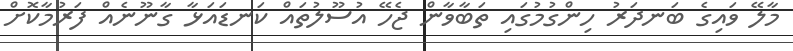
މާލޭ ވައިގެ ބަނދަރު ހިންގުމުގައި ތަބާވާން ޖެހޭ އުސޫލުތައް ކަނޑައަޅާ ގާނޫނެއް ފަރުމާކޮށް